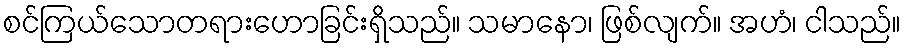
စင်ကြယ်သောတရားဟောခြင်းရှိသည်။ သမာနော၊ ဖြစ်လျက်။ အဟံ၊ ငါသည်။